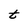
Character: t